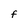
Character: F